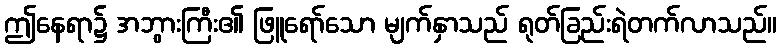
ဤနေရာ၌ အဘွားကြီး၏ ဖြူရော်သော မျက်နှာသည် ရုတ်ခြည်းရဲတက်လာသည်။